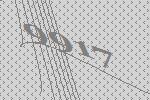
9917